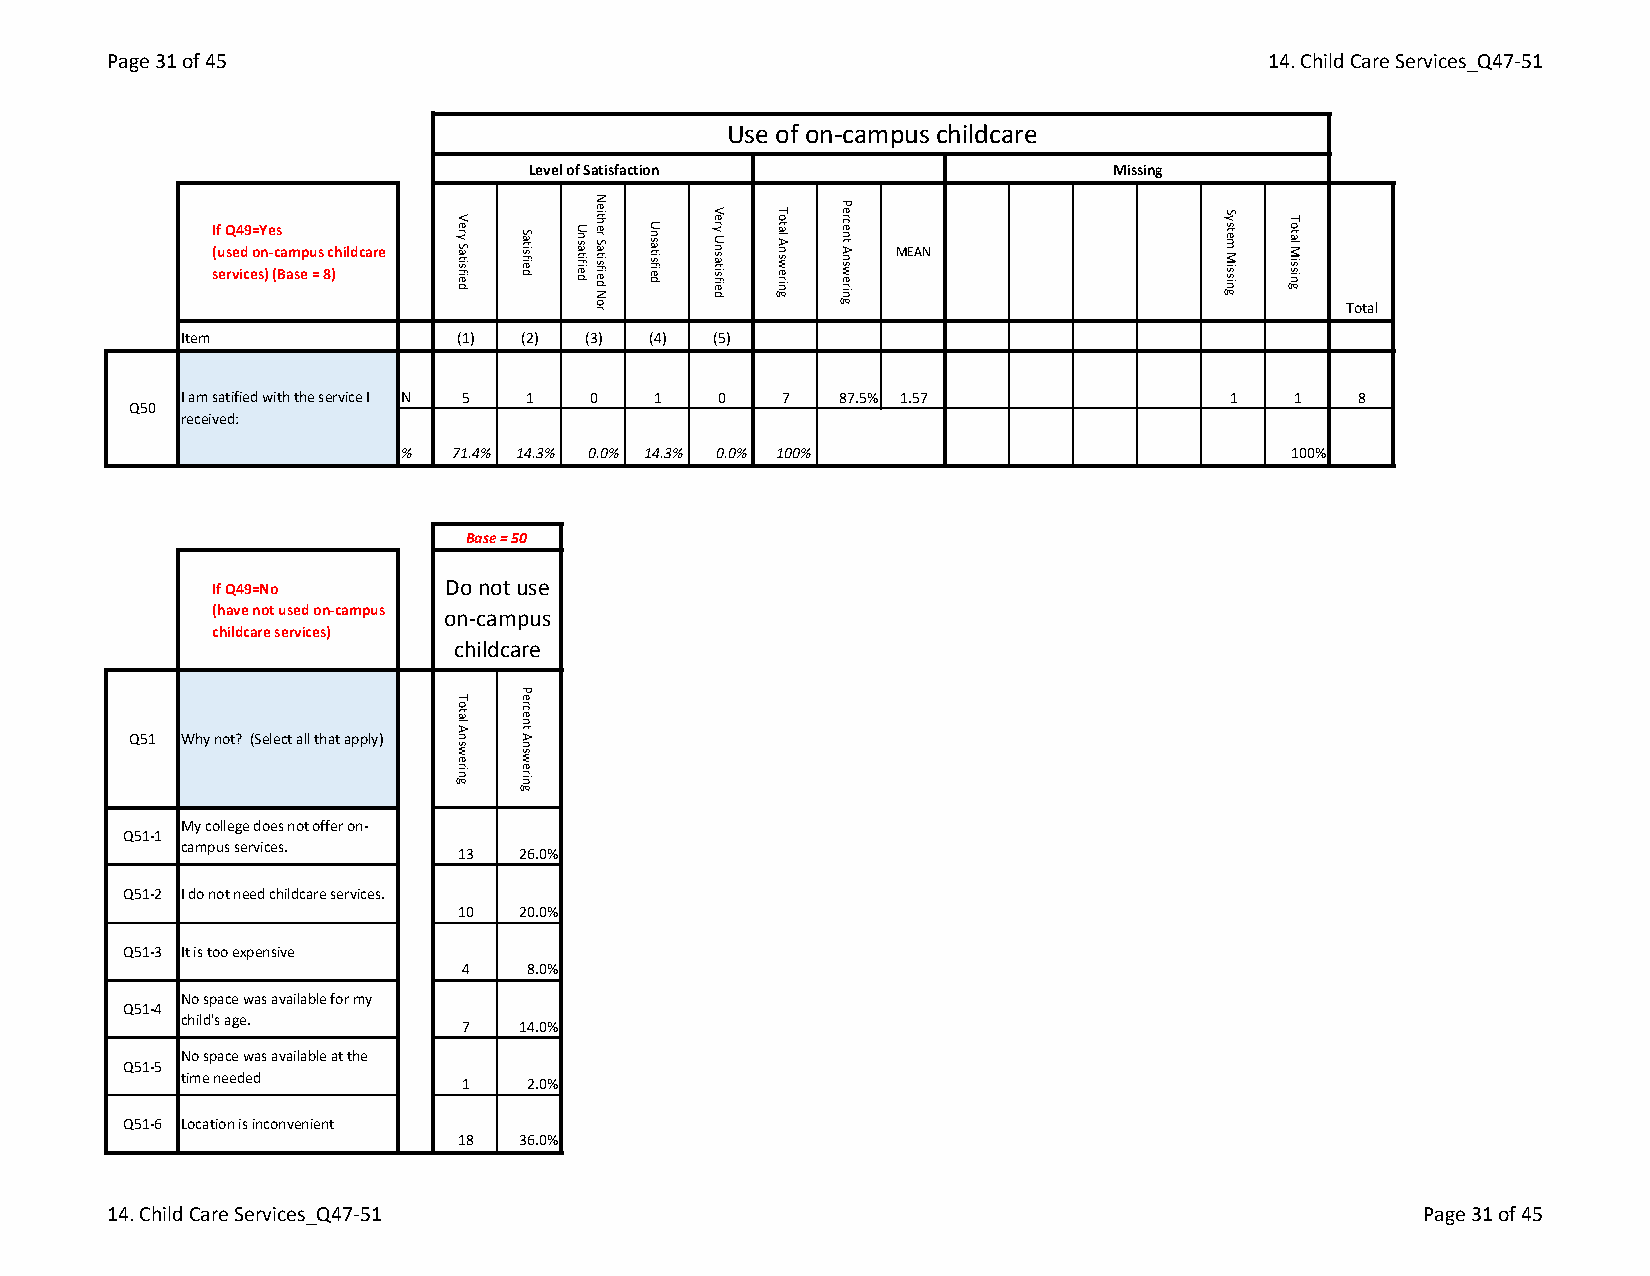
Page 31 of 45                                                                14. Child Care Services_Q47-51
 Use of on-campus childcare
 Level of Satisfaction                 Missing
 If Q49=Yes
 (used on-campus childcare                    MEAN
 services) (Base = 8)
 Total
 Item              (1) (2) (3)  (4) (5)
 I am satified with the service I N 5 1 0 1 0 7 87.5% 1.57            1   1    8
 Q50
 received:
 %   71.4% 14.3% 0.0% 14.3% 0.0% 100%                       100%
 Base = 50
 If Q49=No      Do not use
 (have not used on-campus on-campus
 childcare services)
 childcare
 Q51 Why not? (Select all that apply)
 My college does not offer on-
 Q51-1
 campus services.
 13  26.0%
 Q51-2 I do not need childcare services.
 10  20.0%
 Q51-3 It is too expensive
 4   8.0%
 No space was available for my
 Q51-4
 child's age.
 7   14.0%
 No space was available at the
 Q51-5
 time needed
 1   2.0%
 Q51-6 Location is inconvenient
 18  36.0%
 14. Child Care Services_Q47-51                                                         Page 31 of 45
 Very
 Satisfied
 Total
 Answering
 Satisfied
 Percent
 Answering
 Unsatified
 Neither
 Satisfied
 Nor
 Unsatisfied Very
 Unsatisfied
 Total
 Answering
 Percent
 Answering
 System
 Missing
 Total
 Missing